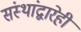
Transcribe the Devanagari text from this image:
संस्थांद्वारेही